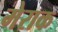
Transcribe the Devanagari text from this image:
मेराक